Vaccination in the Punjab 1867-1880 - 1867-1880
Year: 1867
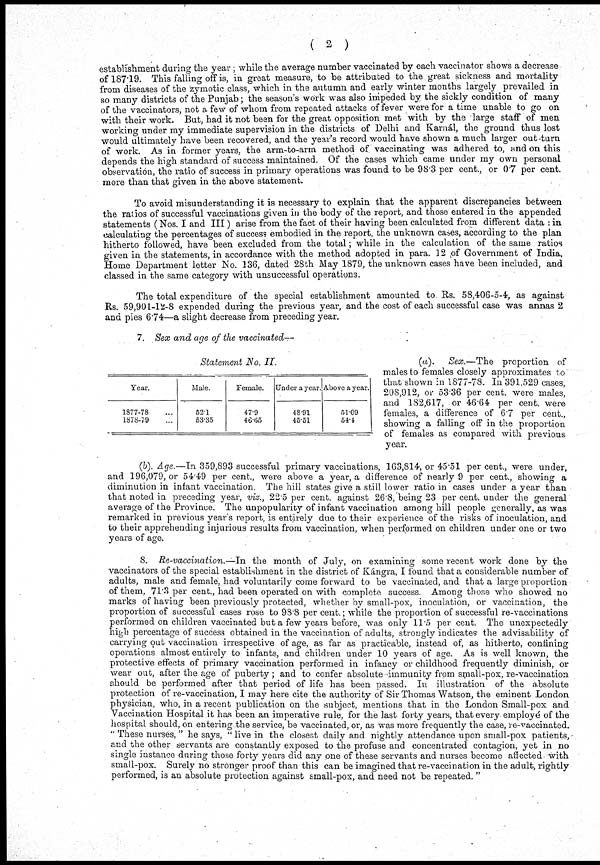
( 2 )
establishment during the year ; while the average number vaccinated by each vaccinator shows a decrease
of 187.19. This falling off is, in great measure, to be attributed to the great sickness and mortality
from diseases of the zymotic class, which in the antumn and early winter months largely prevailed in
so many districts of the Punjab; the season's work was also impeded by the sickly condition of many
of the vaccinators, not a few of whom from repeated attacks of fever were for a time unable to go on
with their work. But, had it not been for the great opposition met with by the large staff of men
working under my immediate supervision in the districts of Delhi and Karnál, the ground thus lost
would ultimately have been recovered, and the year's record would have shown a much larger out-turn
of work. As in former years, the arm-to-arm method of vaccinating was adhered to, and on this
depends the high standard of success maintained. Of the cases which came under my own personal
observation, the ratio of success in primary operations was found to be 98.3 per cent., or 0.7 per cent.
more than that given in the above statement.
To avoid misunderstanding it is necessary to explain that the apparent discrepancies between
the ratios of successful vaccinations given in the body of the report, and those entered in the appended
statements (Nos. I and III) arise from the fact of their having been calculated from different data : in
calculating the percentages of success embodied in the report, the unknown cases, according to the plan
hitherto followed, have been excluded from the total; while in the calculation of the same ratios
given in the statements, in accordance with the method adopted in para. 12 of Government of India,
Home Department letter No. 136, dated 28th May 1879, the unknown cases have been included, and
classed in the same category with unsuccessful operations.
The total expenditure of the special establishment amounted to Rs. 58,406-5-4, as against
Rs. 59,901-12-8 expended during the previous year, and the cost of each successful case was annas 2
and pies 6.74—a slight decrease from preceding year.
7. Sex and age of the vaccinated—
Statement No. II.
Year.
1877-78 ...
1878-79 ...
Male.
52.1
53.35
Female.
47.9
46.65
Under a year.
48.91
45.51
Above a year.
51.09
54.4
(a).
Sex.—The proportion of
males to females closely approximates to
that shown in 1877-78. In 391.529 cases,
208,912, or 53.36 per cent. were males,
and 182,617, or 46.64 per cent. were
females, a difference of 6.7 per cent.,
showing a falling off in the proportion
of females as compared with previous
year.
(b). Age.—In 359,893 successful primary vaccinations, 163,814, or 45.51 per cent. were under,
and 196,079, or 54 49 per cent., were above a year, a difference of nearly 9 per cent., showing a
diminution in infant vaccination. The hill states give a still lower ratio in cases under a year than
that noted in preceding year, viz., 22.5 per cent. against 26.8, being 23 per cent. under the general
averagre of the Province. The unpopularity of infant vaccination among hill people generally, as was
remarked in previous year's report, is entirely due to their experience of the risks of inoculation, and
to their apprehending injurious results from vaccination, when performed on children under one or two
years of age.
8. Re-vaccination.—In
the month of July, on examining some recent work done by the
vaccinators of the special establishment in the district of Kángra, I found that a considerable number of
adults, male and female, had voluntarily come forward to be vaccinated, and that a large proportion
of them, 71.3 per cent., had been operated on with complete success. Among those who showed no
marks of having been previously protected, whether by small-pox, inoculation, or vaccination, the
proportion of successful cases rose to 98.8 per cent.; while the proportion of successful re-vaccinations
performed on children vaccinated but a few years before, was only 11.5 per cent. The unexpectedly
high percentage of success obtained in the vaccination of adults, strongly indicates the advisability of
carrying out vaccination irrespective of age, as far as practicable, instead of, as hitherto, confining
operations almost entirely to infants, and children under 10 years of age. As is well known, the
protective effects of primary vaccination performed in infancy or childhood frequently diminish, or
wear out, after the age of puberty; and to confer absolute immunity from small-pox, re-vaccination
should be performed after that period of life has been passed. In illustration of the absolute
protection of re-vaccination, I may here cite the authority of Sir Thomas Watson, the eminent London
physician, who, in a recent publication on the subject, mentions that in the London Small-pox and
Vaccination Hospital it has been an imperative rule, for the last forty years, that every employé of the
hospital should, on entering the service, be vaccinated, or, as was more frequently the case, re-vaccinated.
" These nurses," he says, " live in the closest daily and nightly attendance upon small-pox patients,
and the other servants are constantly exposed to the profuse and concentrated contagion, yet in no
single instance during those forty years did any one of these servants and nurses become affected with
small-pox. Surely no stronger proof than this can be imagined that re-vaccination in the adult, rightly
performed, is an absolute protection against small-pox, and need not be repeated. "